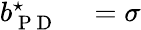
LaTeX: \begin{array}{rl}{b_{\mathrm{~P~D~}}^{\star}}&{{}=\sigma}\end{array}